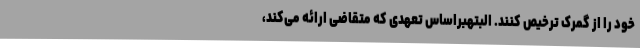
خود را از گمرک ترخیص کنند. البتهبراساس تعهدی که متقاضی ارائه می‌کند،